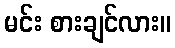
မင်း စားချင်လား။